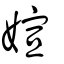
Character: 媗